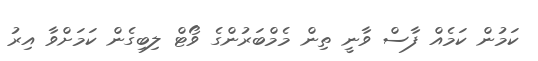
ކަމުން ކަމެއް ފާސް ވާނީ ތިން މެމްބަރުންގެ ވޯޓް ލިބިގެން ކަމަށްވާ އިރު